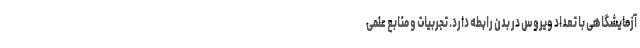
آزمایشگاهی با تعداد ویروس در بدن رابطه دارد. تجربیات و منابع علمی